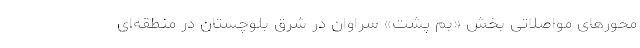
محورهای مواصلاتی بخش «بم پشت» سراوان در شرق بلوچستان در منطقه‌ای